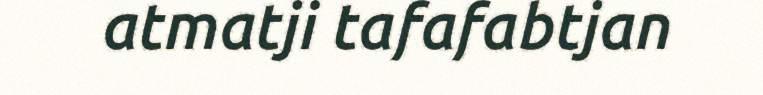
atmatji tafafabtjan